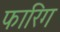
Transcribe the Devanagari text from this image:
फारिग